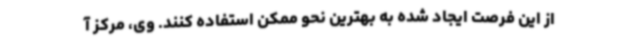
از این فرصت ایجاد شده به بهترین نحو ممکن استفاده کنند. وی، مرکز آ